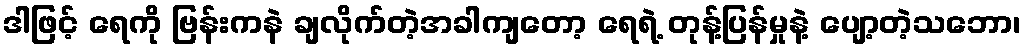
ဒါဖြင့် ရေကို ဗြန်းကနဲ ချလိုက်တဲ့အခါကျတော့ ရေရဲ့ တုန့်ပြန်မှုနဲ့ ပျော့တဲ့သဘော၊